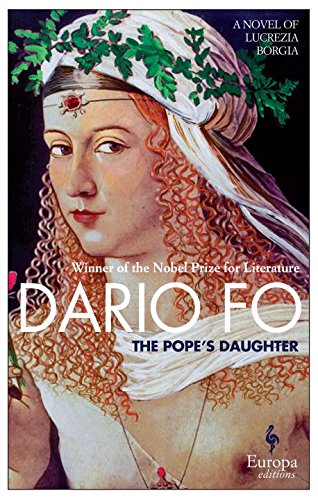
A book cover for The Pope's Daughter; Dario Fo; Literature & Fiction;